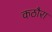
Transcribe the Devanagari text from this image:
कठौरा